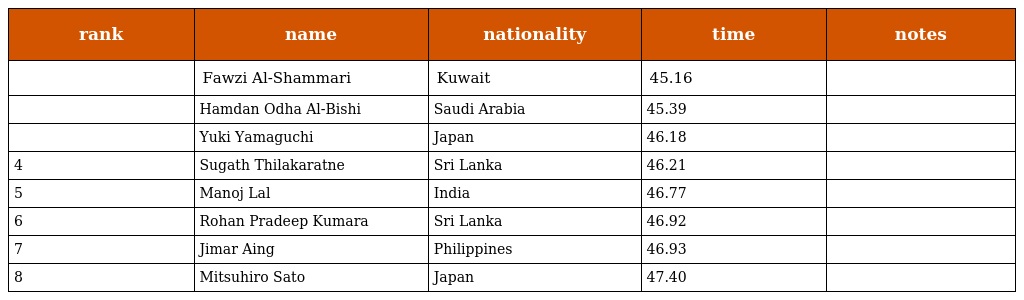
| rank | name | nationality | time | notes |
 | --- | --- | --- | --- | --- |
 |  | Fawzi Al-Shammari | Kuwait | 45.16 |  |
 |  | Hamdan Odha Al-Bishi | Saudi Arabia | 45.39 |  |
 |  | Yuki Yamaguchi | Japan | 46.18 |  |
 | 4 | Sugath Thilakaratne | Sri Lanka | 46.21 |  |
 | 5 | Manoj Lal | India | 46.77 |  |
 | 6 | Rohan Pradeep Kumara | Sri Lanka | 46.92 |  |
 | 7 | Jimar Aing | Philippines | 46.93 |  |
 | 8 | Mitsuhiro Sato | Japan | 47.40 |  |